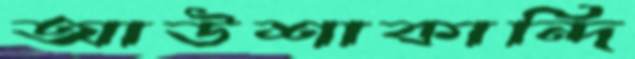
আউশাকান্দি